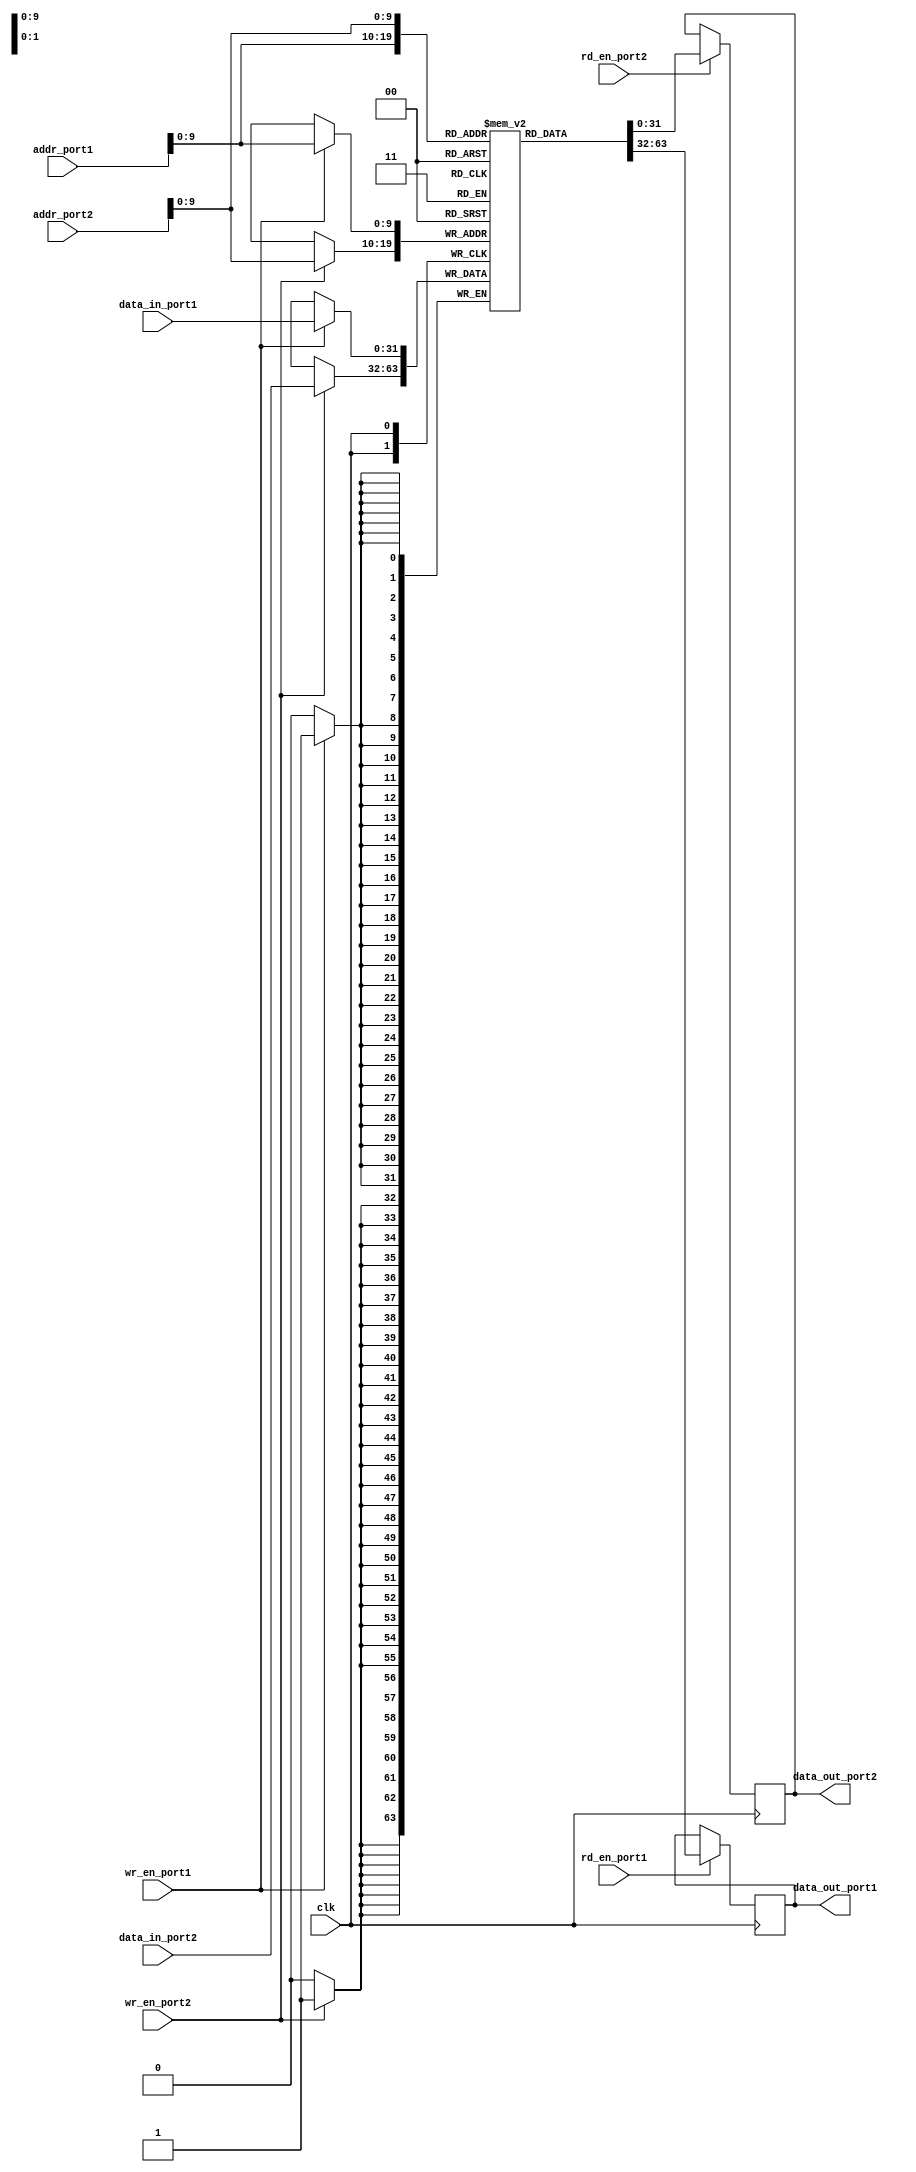
module dual_port_ram(
    input wire clk,
    input wire [31:0] addr_port1,
    input wire [31:0] addr_port2,
    input wire [31:0] data_in_port1,
    input wire [31:0] data_in_port2,
    input wire wr_en_port1,
    input wire wr_en_port2,
    input wire rd_en_port1,
    input wire rd_en_port2,
    output reg [31:0] data_out_port1,
    output reg [31:0] data_out_port2
);

reg [31:0] memory [0:1023];

always @(posedge clk) begin
    if (wr_en_port1)
        memory[addr_port1] <= data_in_port1;
    if (rd_en_port1)
        data_out_port1 <= memory[addr_port1];
    if (wr_en_port2)
        memory[addr_port2] <= data_in_port2;
    if (rd_en_port2)
        data_out_port2 <= memory[addr_port2];
end

endmodule